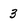
Character: 3